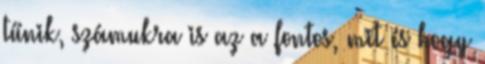
tűnik, számukra is az a fontos, mit és hogy